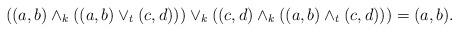
LaTeX: \begin{align*}((a,b)\wedge_k((a,b)\vee_t( c,d)))\vee_k((c,d)\wedge_k((a,b)\wedge_t(c,d)))=(a,b).\end{align*}